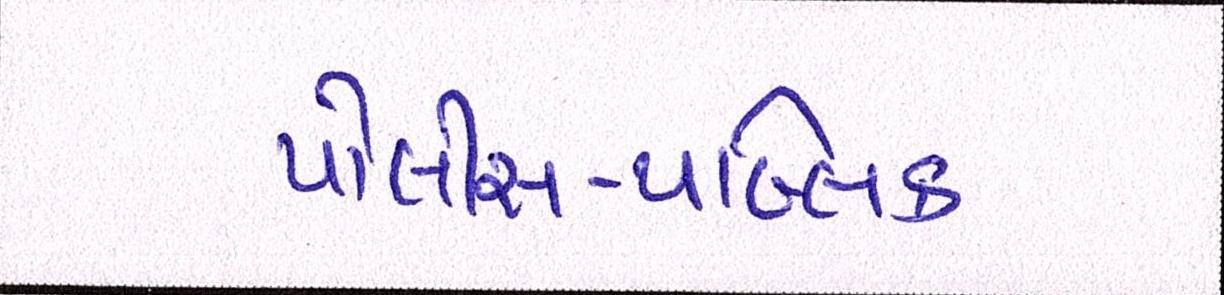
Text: પોલીસ-પબ્લિક